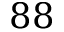
8 8